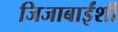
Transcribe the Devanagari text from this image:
जिजाबाईंशी